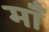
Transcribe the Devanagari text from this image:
मॉँ